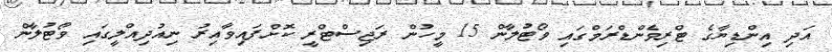
އަދި އިންޑިޔާގެ ޓްރިވެންޑްރަމްގައި ވޯޓުލާން 15 މީހުން ރަޖިސްޓްރީ ކޮށްފައިވާއިރު ނިއުދިއްލީގައި ވޯޓުލާން